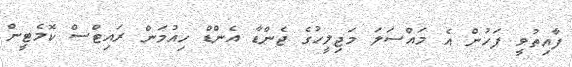
ފާއިތުވީ ފަހުން އެ މައްސަލަ މަޖިލީހުގެ ޖެންޑާ އެންޑް ހިއުމަން ރައިޓްސް ކޮމެޓީން